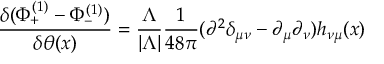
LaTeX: { \frac { \delta ( \Phi _ { + } ^ { ( 1 ) } - \Phi _ { - } ^ { ( 1 ) } ) } { \delta \theta ( x ) } } = { \frac { \Lambda } { | \Lambda | } } { \frac { 1 } { 4 8 \pi } } ( \partial ^ { 2 } \delta _ { \mu \nu } - \partial _ { \mu } \partial _ { \nu } ) h _ { \nu \mu } ( x )